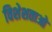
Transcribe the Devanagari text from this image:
विशेशताओ